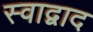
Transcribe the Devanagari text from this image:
स्वाद्वाद